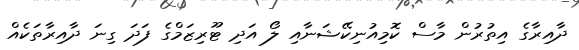
ދާއިރާގެ އިތުރުން މާސް ކޮމިއުނިކޭޝަނާއި ލޯ އަދި ޓޫރިޒަމްގެ ފަދަ ގިނަ ދާއިރާތަކެއް